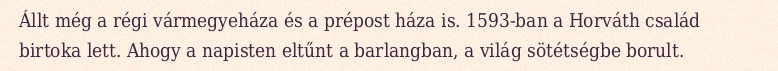
Állt még a régi vármegyeháza és a prépost háza is. 1593-ban a Horváth család birtoka lett. Ahogy a napisten eltűnt a barlangban, a világ sötétségbe borult.